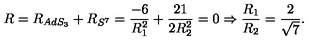
R = R _ { A d S _ { 3 } } + R _ { S ^ { 7 } } = { \frac { - 6 } { R _ { 1 } ^ { 2 } } } + { \frac { 2 1 } { 2 R _ { 2 } ^ { 2 } } } = 0 \Rightarrow { \frac { R _ { 1 } } { R _ { 2 } } } = { \frac { 2 } { \sqrt { 7 } } } .